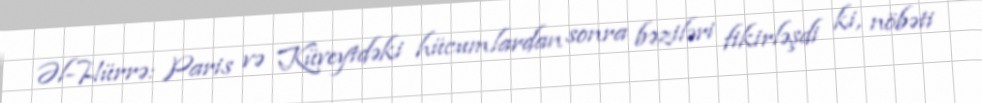
Əl-Hürrə: Paris və Küveytdəki hücumlardan sonra bəziləri fikirləşdi ki, nöbəti